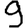
Digit: 9